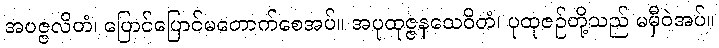
အပဇ္ဇလိတံ၊ ပြောင်ပြောင်မတောက်စေအပ်။ အပုထုဇ္ဇနသေဝိတံ၊ ပုထုဇဉ်တို့သည် မမှီဝဲအပ်။